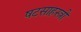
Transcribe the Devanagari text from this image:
षटसाहस्त्री